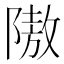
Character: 隞